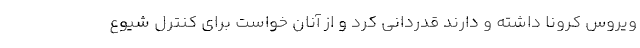
ویروس کرونا داشته و دارند قدردانی کرد و از آنان خواست برای کنترل شیوع